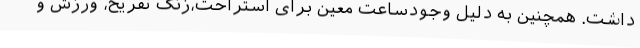
داشت. همچنین به دلیل وجودساعت معین برای استراحت،زنگ تفریح، ورزش و